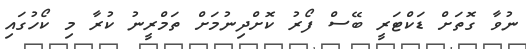
ނުވާ ގޮތަށް ޑަކްޓަރީ ބޭސް ފޯރު ކޮށްދިނުމަށް ތަމްރީނު ކުރާ މި ކޯހުގައި